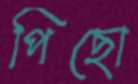
পিছো